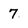
Character: 7